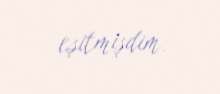
eşitmişdim.